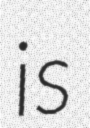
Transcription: is